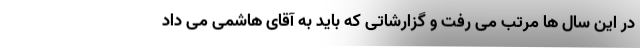
در این سال ها مرتب می رفت و گزارشاتی که باید به آقای هاشمی می داد